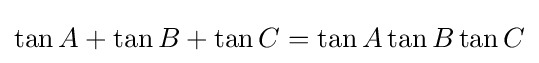
\tan {A}+\tan {B}+\tan {C}=\tan {A}\tan {B}\tan {C}